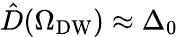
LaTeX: \hat{D}(\Omega_{\mathrm{DW}})\approx\Delta_{0}